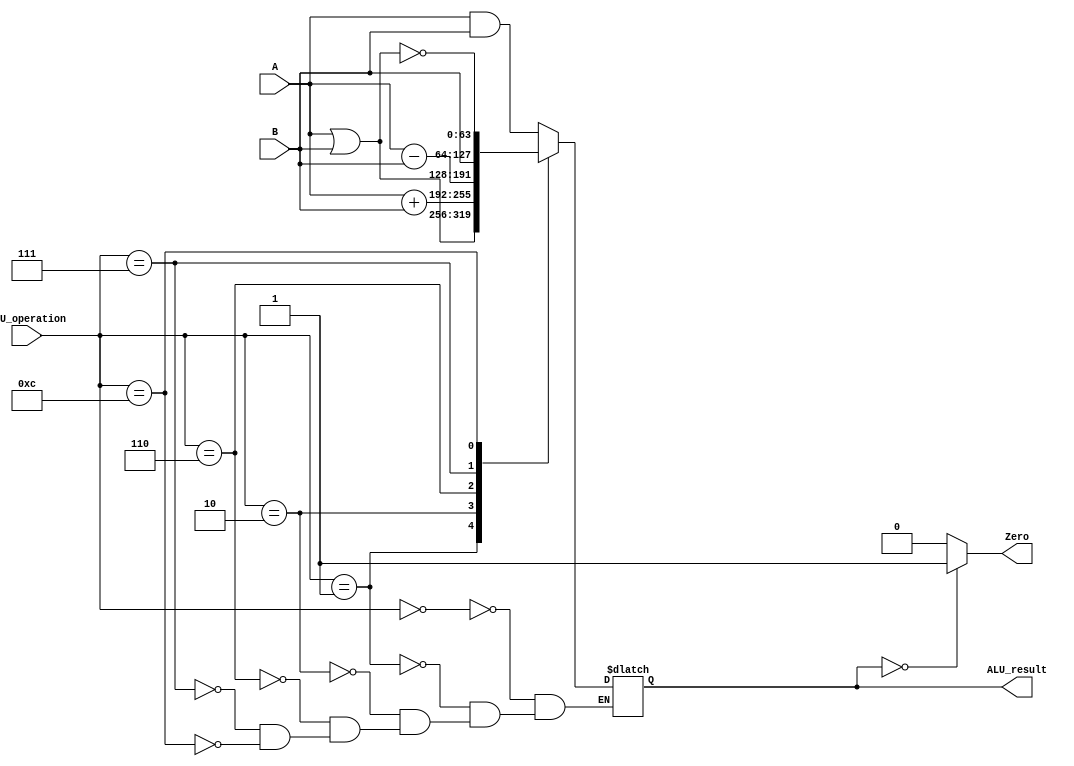
`timescale 1ns / 1ps
//////////////////////////////////////////////////////////////////////////////////
// Company: CECS 530
// 
// Design Name: 
// Module Name: ALU
// Project Name: 
// Target Devices: 
// Tool Versions: 
// Description: 
// 
// Dependencies: 
// 
// Revision:
// Revision 0.01 - File Created
// Additional Comments:
// 
//////////////////////////////////////////////////////////////////////////////////


module ALU(ALU_operation, A, B, ALU_result, Zero);
    input [3:0] ALU_operation;
    input [63:0] A;
    input [63:0] B;
    output reg [63:0] ALU_result;
    output Zero;

    always @(ALU_operation, A, B, ALU_result, Zero)
    case (ALU_operation)
        0:  ALU_result <= A & B;
        1:  ALU_result <= A | B;
        2:  ALU_result <= A + B;
        6:  ALU_result <= A - B;
        7:  ALU_result <= B;
        12: ALU_result <= ~(A | B);
    endcase
    
    assign Zero = (ALU_result==0)? 1: 0;
    
endmodule